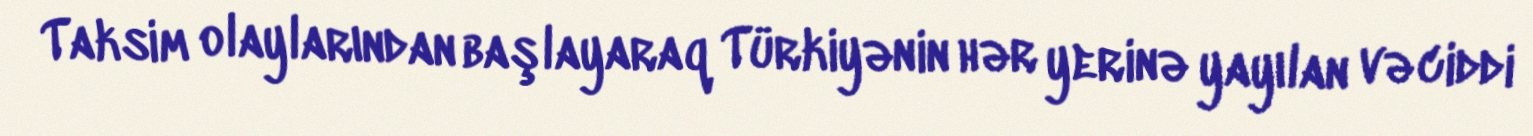
Taksim olaylarından başlayaraq Türkiyənin hər yerinə yayılan və ciddi